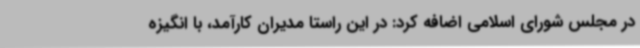
در مجلس شورای اسلامی اضافه کرد: در این راستا مدیران کارآمد، با انگیزه